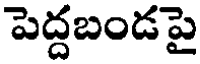
పెద్దబండపై